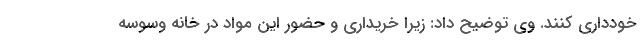
خودداری کنند. وی توضیح داد: زیرا خریداری و حضور این مواد در خانه وسوسه